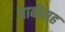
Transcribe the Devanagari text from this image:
बाबीसह